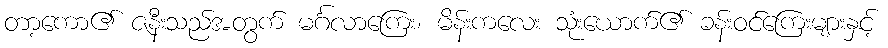
တာ့ကော၏ ဇနီးသည်အတွက် မင်္ဂလာကြေး၊ မိန်းကလေး သုံးယောက်၏ ခန်းဝင်ကြေးများနှင့်